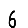
Digit: 6